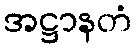
အဋ္ဌာနတံ